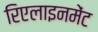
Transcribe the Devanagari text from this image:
रिएलाइनमेंट